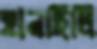
হানছিলি